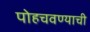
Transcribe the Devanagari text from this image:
पोहचवण्याची